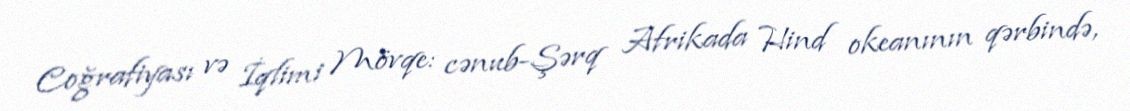
Coğrafiyası və İqlimi Mövqe: cənub-Şərq Afrikada Hind okeanının qərbində,